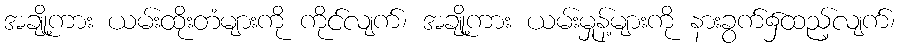
အချို့ကား ယမ်းထိုးတံများကို ကိုင်လျက်၊ အချို့ကား ယမ်းမှုန့်များကို နားခွက်၌ထည့်လျက်၊